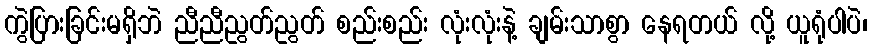
ကွဲပြားခြင်းမရှိဘဲ ညီညီညွတ်ညွတ် စည်းစည်း လုံးလုံးနဲ့ ချမ်းသာစွာ နေရတယ် လို့ ယူရုံပါပဲ၊